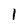
Character: 1